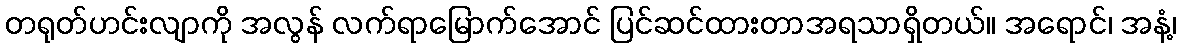
တရုတ်ဟင်းလျာကို အလွန် လက်ရာမြောက်အောင် ပြင်ဆင်ထားတာအရသာရှိတယ်။ အရောင်၊ အနံ့၊